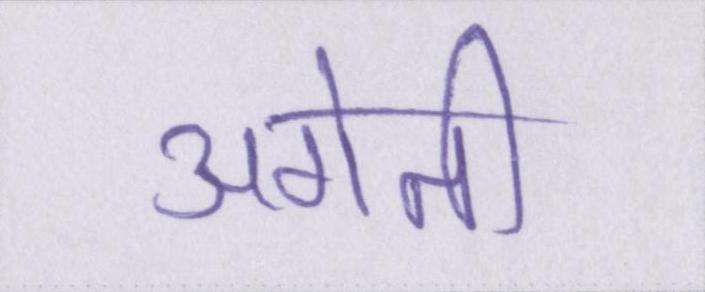
अगेती